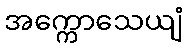
အက္ကောသေယျံ